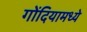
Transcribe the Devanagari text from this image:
गोंदियामध्ये